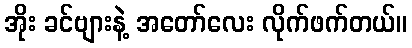
အိုး ခင်ဗျားနဲ့ အတော်လေး လိုက်ဖက်တယ်။